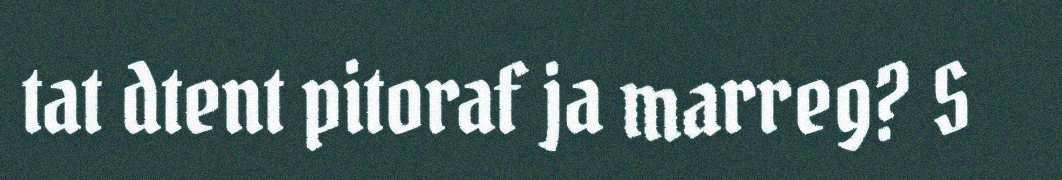
tat dtent pitoraf ja marreg? S